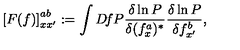
\left[ F ( f ) \right] _ { x x ^ { \prime } } ^ { a b } : = \int D \! f P \frac { \delta \ln P } { \delta ( f _ { x } ^ { a } ) ^ { * } } \frac { \delta \ln P } { \delta f _ { x ^ { \prime } } ^ { b } } ,